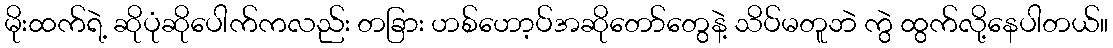
မိုးထက်ရဲ့ ဆိုပုံဆိုပေါက်ကလည်း တခြား ဟစ်ဟော့ပ်အဆိုတော်တွေနဲ့ သိပ်မတူဘဲ ကွဲ ထွက်လို့နေပါတယ်။